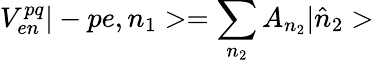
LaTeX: V_{en}^{pq}|-pe,n_{1}>=\sum_{n_{2}}A_{n_{2}}|\hat{n}_{2}>